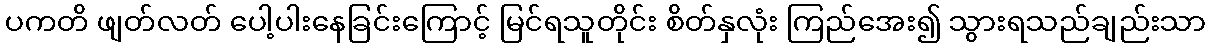
ပကတိ ဖျတ်လတ် ပေါ့ပါးနေခြင်းကြောင့် မြင်ရသူတိုင်း စိတ်နှလုံး ကြည်အေး၍ သွားရသည်ချည်းသာ